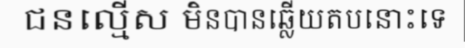
ជនល្មើស មិនបានឆ្លើយតបនោះទេ